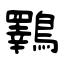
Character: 鸅